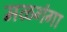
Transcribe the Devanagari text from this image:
मळगंगा